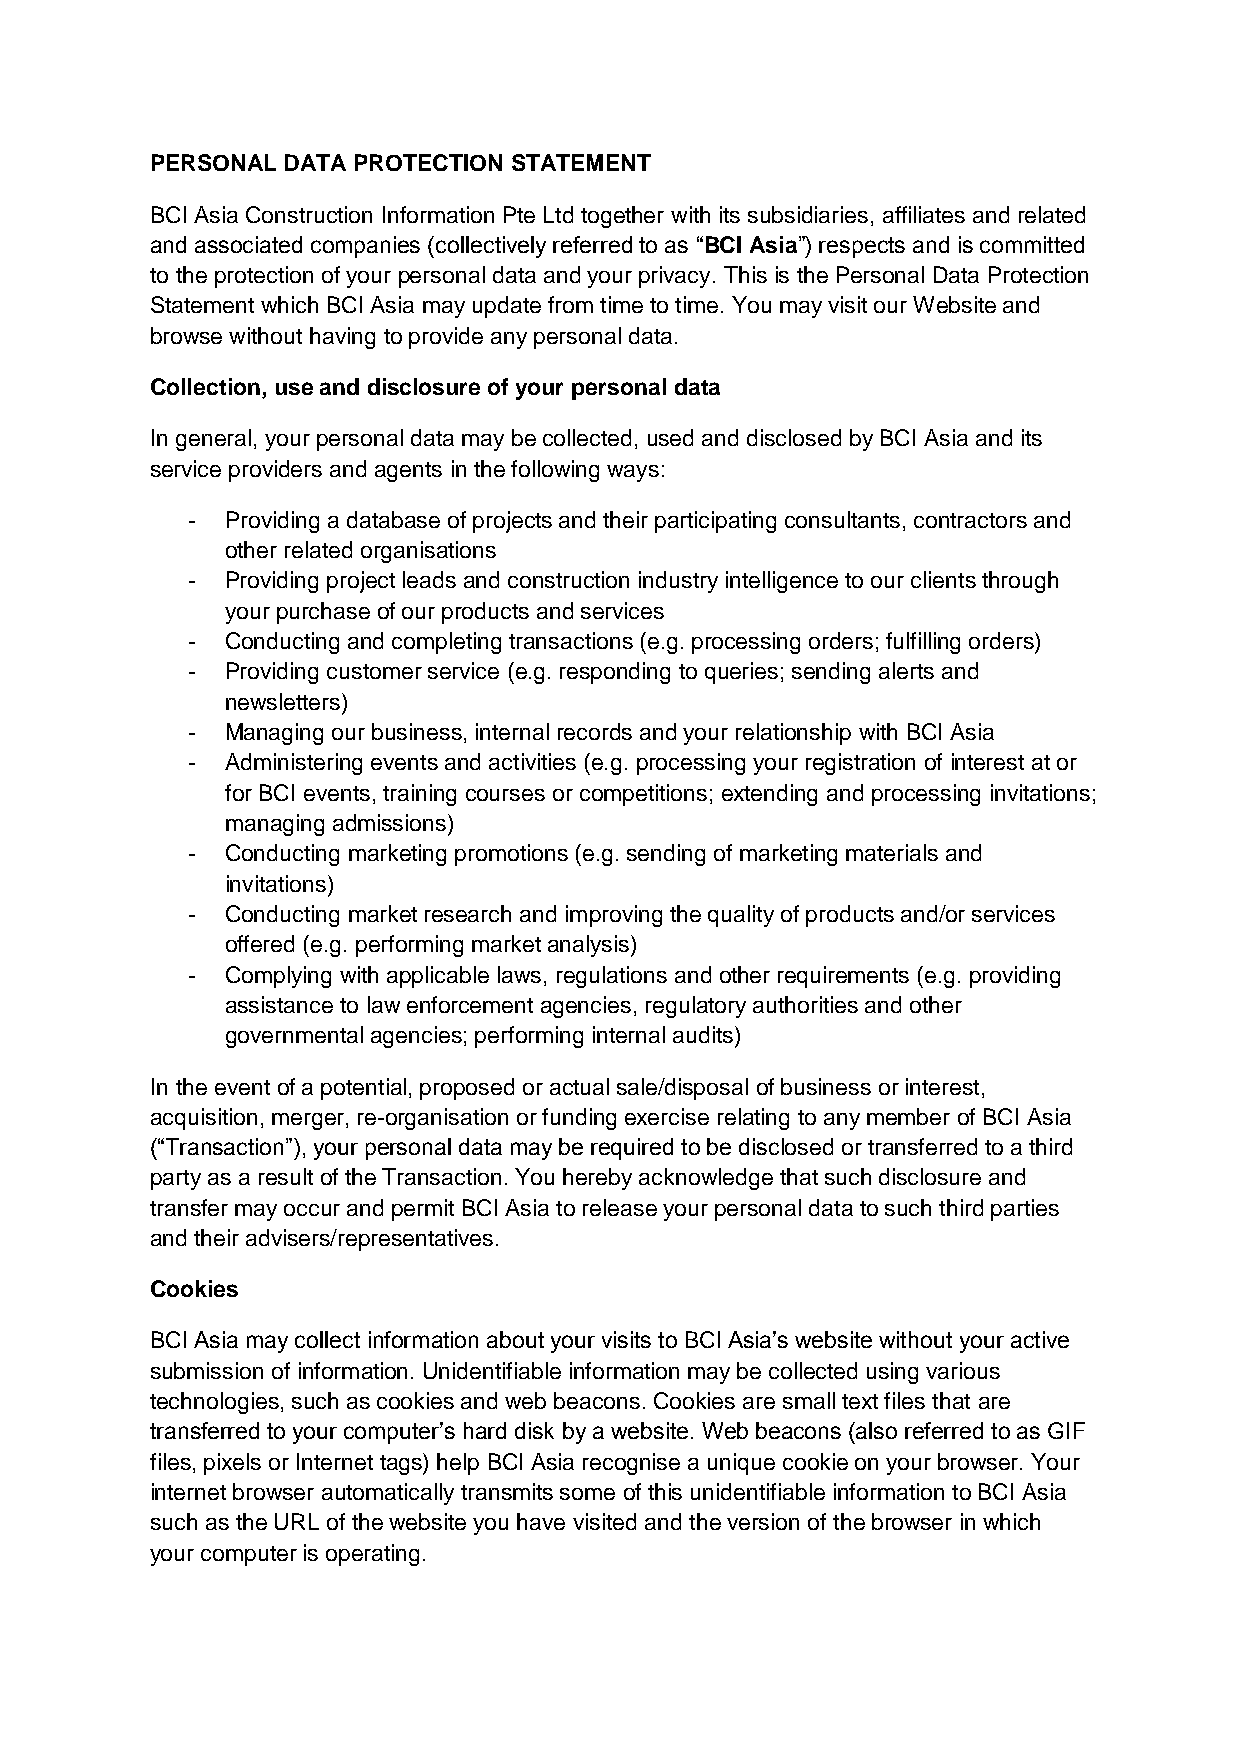
PERSONAL DATA PROTECTION STATEMENT
 BCI Asia Construction Information Pte Ltd together with its subsidiaries, affiliates and related
 and associated companies (collectively referred to as “BCI Asia”) respects and is committed
 to the protection of your personal data and your privacy. This is the Personal Data Protection
 Statement which BCI Asia may update from time to time. You may visit our Website and
 browse without having to provide any personal data.
 Collection, use and disclosure of your personal data
 In general, your personal data may be collected, used and disclosed by BCI Asia and its
 service providers and agents in the following ways:
 -  Providing a database of projects and their participating consultants, contractors and
 other related organisations
 -  Providing project leads and construction industry intelligence to our clients through
 your purchase of our products and services
 -  Conducting and completing transactions (e.g. processing orders; fulfilling orders)
 -  Providing customer service (e.g. responding to queries; sending alerts and
 newsletters)
 -  Managing our business, internal records and your relationship with BCI Asia
 -  Administering events and activities (e.g. processing your registration of interest at or
 for BCI events, training courses or competitions; extending and processing invitations;
 managing admissions)
 -  Conducting marketing promotions (e.g. sending of marketing materials and
 invitations)
 -  Conducting market research and improving the quality of products and/or services
 offered (e.g. performing market analysis)
 -  Complying with applicable laws, regulations and other requirements (e.g. providing
 assistance to law enforcement agencies, regulatory authorities and other
 governmental agencies; performing internal audits)
 In the event of a potential, proposed or actual sale/disposal of business or interest,
 acquisition, merger, re-organisation or funding exercise relating to any member of BCI Asia
 (“Transaction”), your personal data may be required to be disclosed or transferred to a third
 party as a result of the Transaction. You hereby acknowledge that such disclosure and
 transfer may occur and permit BCI Asia to release your personal data to such third parties
 and their advisers/representatives.
 Cookies
 BCI Asia may collect information about your visits to BCI Asia’s website without your active
 submission of information. Unidentifiable information may be collected using various
 technologies, such as cookies and web beacons. Cookies are small text files that are
 transferred to your computer’s hard disk by a website. Web beacons (also referred to as GIF
 files, pixels or Internet tags) help BCI Asia recognise a unique cookie on your browser. Your
 internet browser automatically transmits some of this unidentifiable information to BCI Asia
 such as the URL of the website you have visited and the version of the browser in which
 your computer is operating.